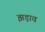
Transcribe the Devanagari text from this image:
झड़ाव